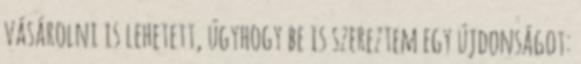
vásárolni is lehetett, úgyhogy be is szereztem egy újdonságot: